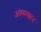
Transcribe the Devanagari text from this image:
अंतरुत्पादन